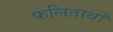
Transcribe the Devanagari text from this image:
फलितार्थों